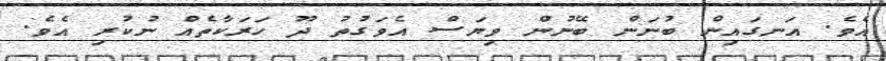
އެވެ. އަނގައިން ބުނަން ބޭނުން ވިޔަސް އެވަގުތު ދޫ ހަރަކާތެއް ނުކުރި އެވެ.